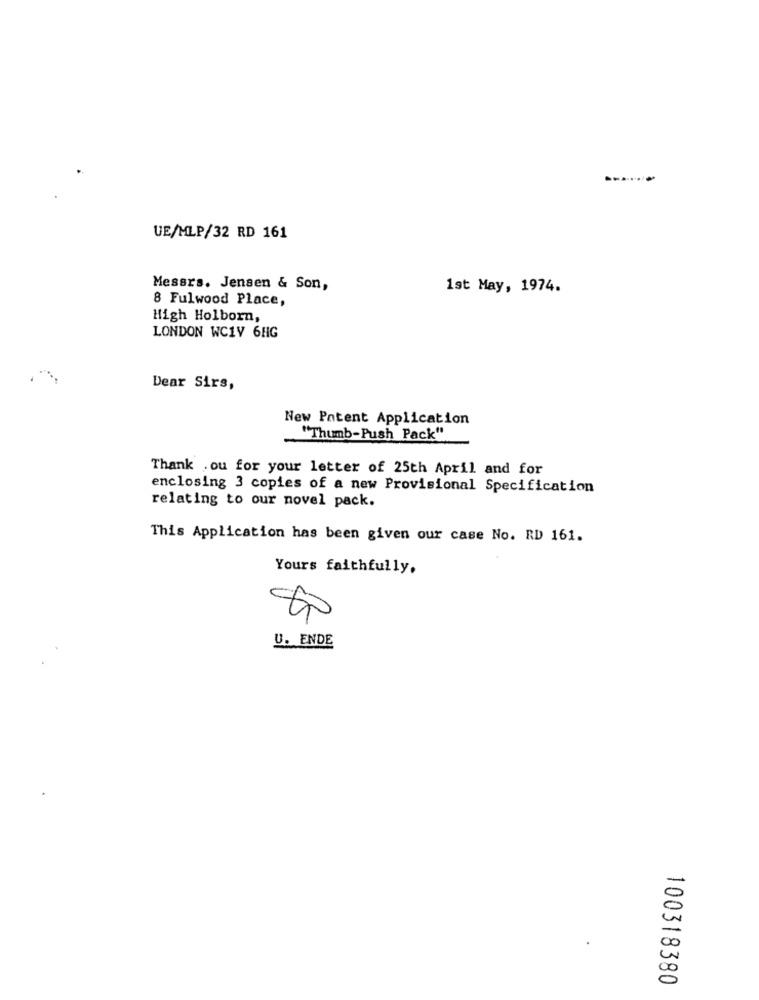
UE/MLP/32 RD 161
Messrs. Jensen & Son,
1st May, 1974.
8 Fulwood Place,
High Holborn,
LONDON WC1V 6HG
Dear Sirs,
New Patent Application
"Thumb-Push Pack"
Thank .ou for your letter of 25th April and for
enclosing 3 copies of a new Provisional Specification
relating to our novel pack.
This Application has been given our case No. RD 161.
Yours faithfully.
U. ENDE
-
20
100318380